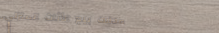
محلات بيع الأثاث المنزلي،